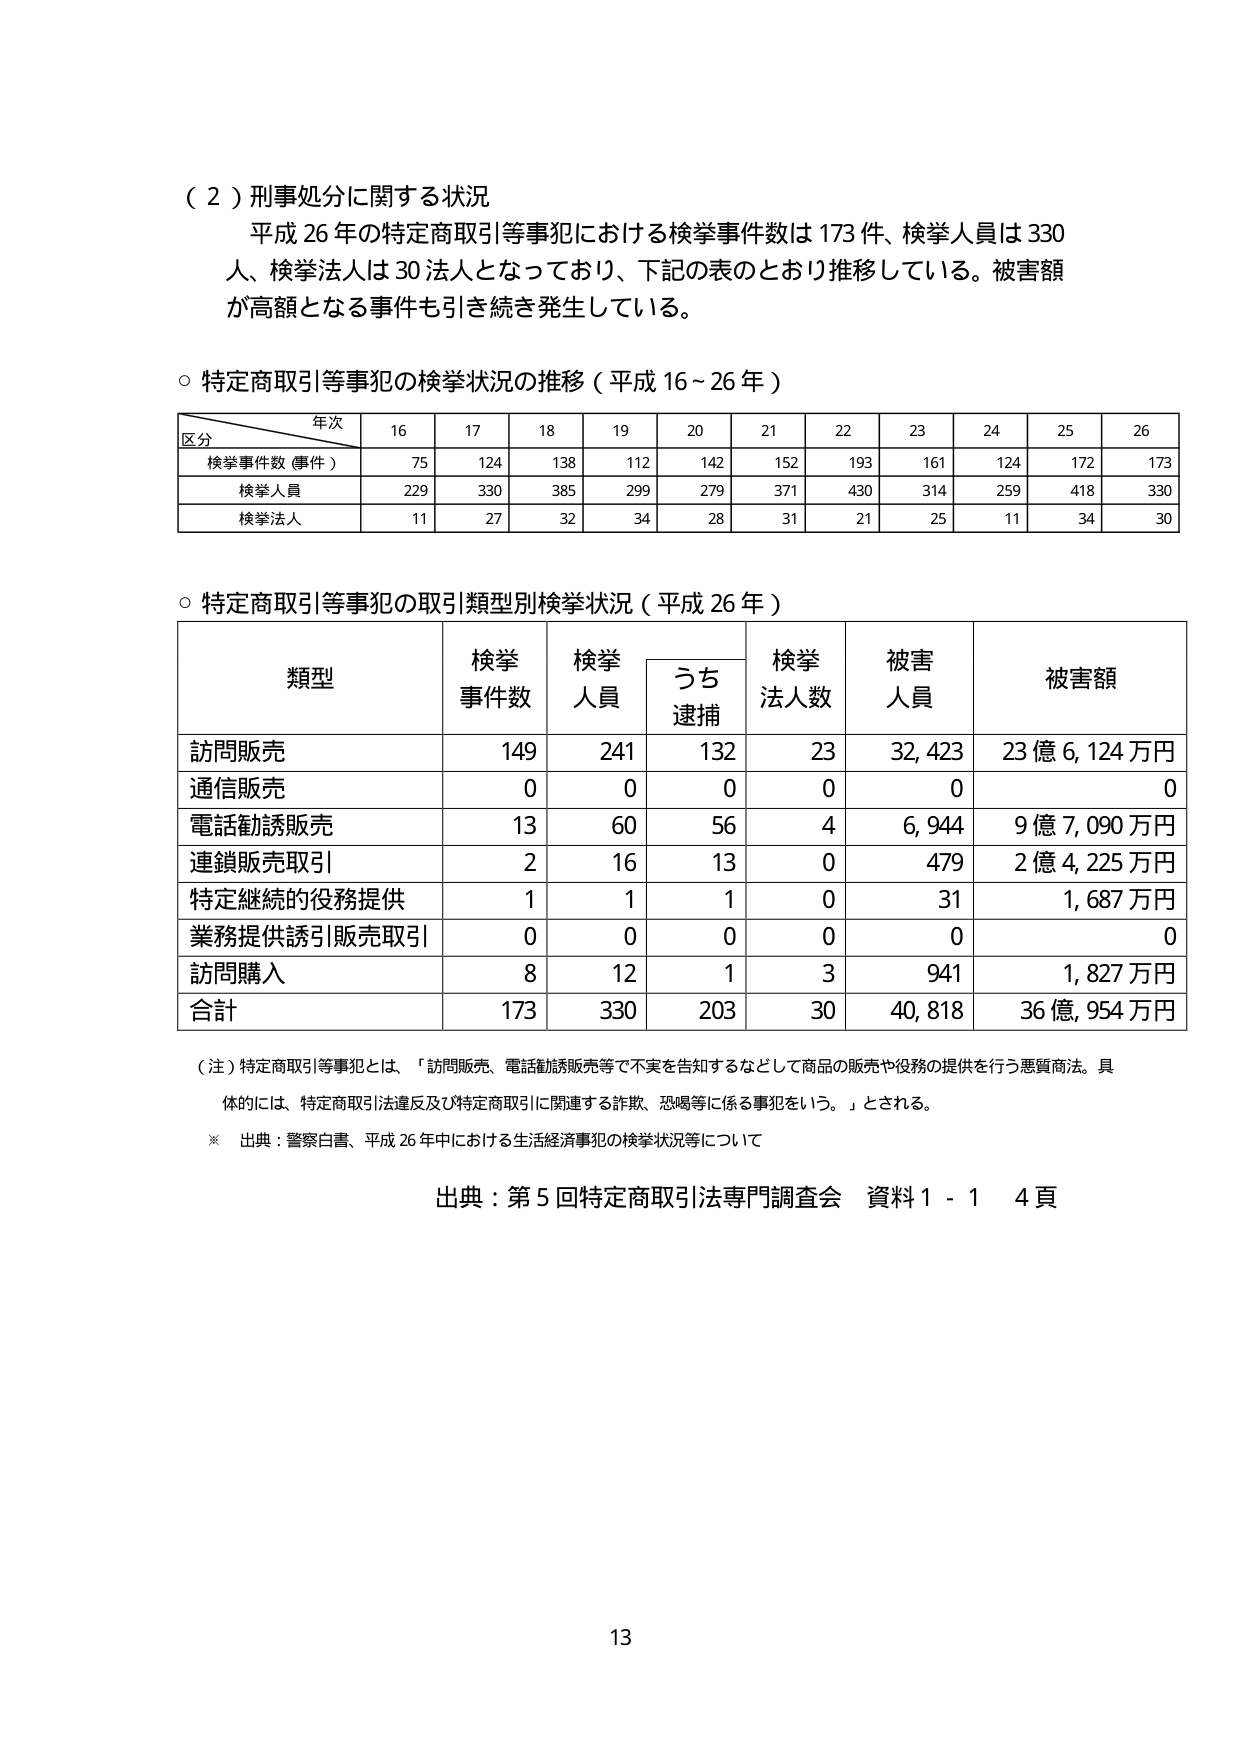
（２）刑事処分に関する状況
平成26年の特定商取引等事犯における検挙事件数は173件、検挙人員は330人、検挙法人は30法人となっており、下記の表のとおり推移している。被害額が高額となる事件も引き続き発生している。

○ 特定商取引等事犯の検挙状況の推移（平成16～26年）
年次
区分  16  17  18  19  20  21  22  23  24  25  26
検挙事件数（事件）  75  124  138  112  142  152  193  161  124  172  173
検挙人員  229  330  385  299  279  371  430  314  259  418  330
検挙法人  11  27  32  34  28  31  21  25  11  34  30

○ 特定商取引等事犯の取引類型別検挙状況（平成26年）
類型  検挙事件数  検挙人員  うち逮捕  検挙法人数  被害人員  被害額
訪問販売  149  241  132  23  32,423  23億6,124万円
通信販売  0  0  0  0  0  0
電話勧誘販売  13  60  56  4  6,944  9億7,090万円
連鎖販売取引  2  16  13  0  479  2億4,225万円
特定継続的役務提供  1  1  1  0  31  1,687万円
業務提供誘引販売取引  0  0  0  0  0  0
訪問購入  8  12  1  3  941  1,827万円
合計  173  330  203  30  40,818  36億954万円

（注）特定商取引等事犯とは、「訪問販売、電話勧誘販売等で不実を告知するなどして商品の販売や役務の提供を行う悪質商法。具体的には、特定商取引法違反及び特定商取引に関連する詐欺、恐喝等に係る事犯をいう。」とされる。
※ 出典：警察白書、平成26年中における生活経済事犯の検挙状況等について

出典：第5回特定商取引法専門調査会 資料1-1 4頁

13